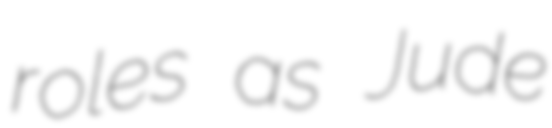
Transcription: roles as Jude